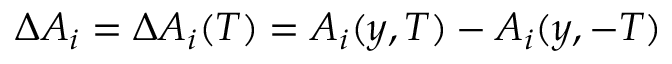
\Delta A _ { i } = \Delta A _ { i } ( T ) = A _ { i } ( y , T ) - A _ { i } ( y , - T )